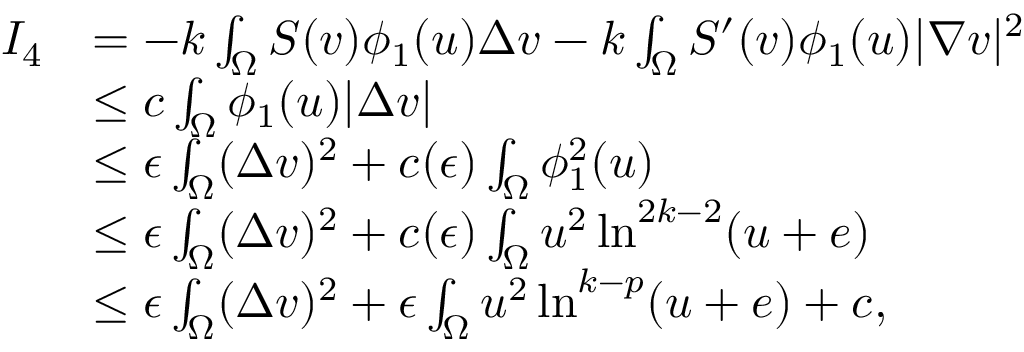
\begin{array} { r l } { I _ { 4 } } & { = - k \int _ { \Omega } S ( v ) \phi _ { 1 } ( u ) \Delta v - k \int _ { \Omega } S ^ { \prime } ( v ) \phi _ { 1 } ( u ) | \nabla v | ^ { 2 } } \\ & { \leq c \int _ { \Omega } \phi _ { 1 } ( u ) | \Delta v | } \\ & { \leq \epsilon \int _ { \Omega } ( \Delta v ) ^ { 2 } + c ( \epsilon ) \int _ { \Omega } \phi _ { 1 } ^ { 2 } ( u ) } \\ & { \leq \epsilon \int _ { \Omega } ( \Delta v ) ^ { 2 } + c ( \epsilon ) \int _ { \Omega } u ^ { 2 } \ln ^ { 2 k - 2 } ( u + e ) } \\ & { \leq \epsilon \int _ { \Omega } ( \Delta v ) ^ { 2 } + \epsilon \int _ { \Omega } u ^ { 2 } \ln ^ { k - p } ( u + e ) + c , } \end{array}